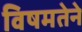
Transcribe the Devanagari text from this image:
विषमतेने